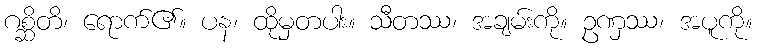
ဂစ္ဆိတိ၊ ရောက်၏။ ပန၊ ထိုမှတပါး။ သီတဿ၊ အချမ်းကို။ ဥဏှဿ၊ အပူကို။